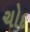
ચોદ